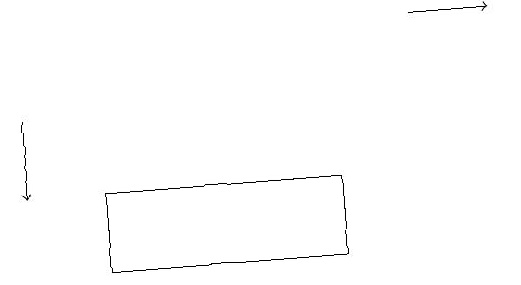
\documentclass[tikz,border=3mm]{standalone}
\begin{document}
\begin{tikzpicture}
\draw[->] (6,19) -- (7,19);
\draw (5,17) rectangle (2,16);
\draw[->] (1,18) -- (1,17);
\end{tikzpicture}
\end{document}